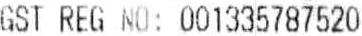
GST REG NO: 001335787520